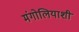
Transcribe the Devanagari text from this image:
मंगोलियाशी